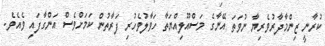
ކުރާނީ ޒިންމާދާރުވެރިޔާ ނުވަތަ އޭނާގެ މަސްއޫލިއްޔަތާ ހަވާލުވެހުރި ފަރާތުން ކަމަށްވެސް އަންގާފައި ވެއެވެ.